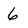
Character: 6